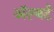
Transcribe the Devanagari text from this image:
अॅल्बर्ट